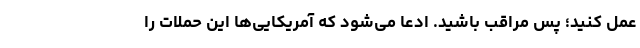
عمل کنید؛ پس مراقب باشید. ادعا می‌شود که آمریکایی‌ها این حملات را